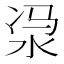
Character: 𣳆